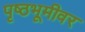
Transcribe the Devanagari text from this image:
पृष्ठभूमीवर